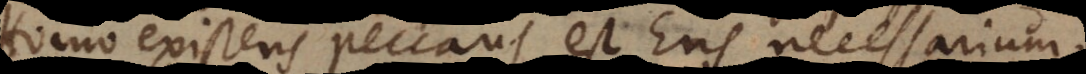
Homo existens peccans est Ens necessarium.